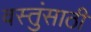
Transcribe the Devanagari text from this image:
वस्तुंसाठी